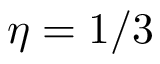
\eta = 1 / 3